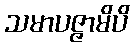
သမာပဇ္ဇာမိပိ